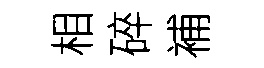
相碎補